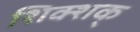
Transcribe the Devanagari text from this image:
शिक्शक्